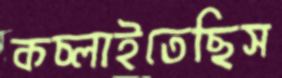
কচ্‌লাইতেছিস